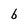
Character: b